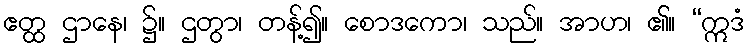
ဧတ္ထ ဌာနေ၊ ၌။ ဌတွာ၊ တန့်၍။ စောဒကော၊ သည်။ အာဟ၊ ၏။ “ဣဒံ